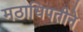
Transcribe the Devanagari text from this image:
मठाधिपतीने